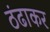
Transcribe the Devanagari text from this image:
ठंढाकर